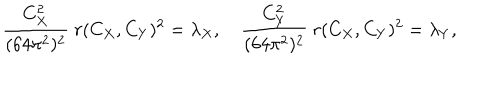
{ \frac { C _ { X } ^ { 2 } } { ( 6 4 \pi ^ { 2 } ) ^ { 2 } } } \ r ( C _ { X } , C _ { Y } ) ^ { 2 } = \lambda _ { X } , \quad { \frac { C _ { Y } ^ { 2 } } { ( 6 4 \pi ^ { 2 } ) ^ { 2 } } } \ r ( C _ { X } , C _ { Y } ) ^ { 2 } = \lambda _ { Y } ,